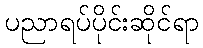
ပညာရပ်ပိုင်းဆိုင်ရာ